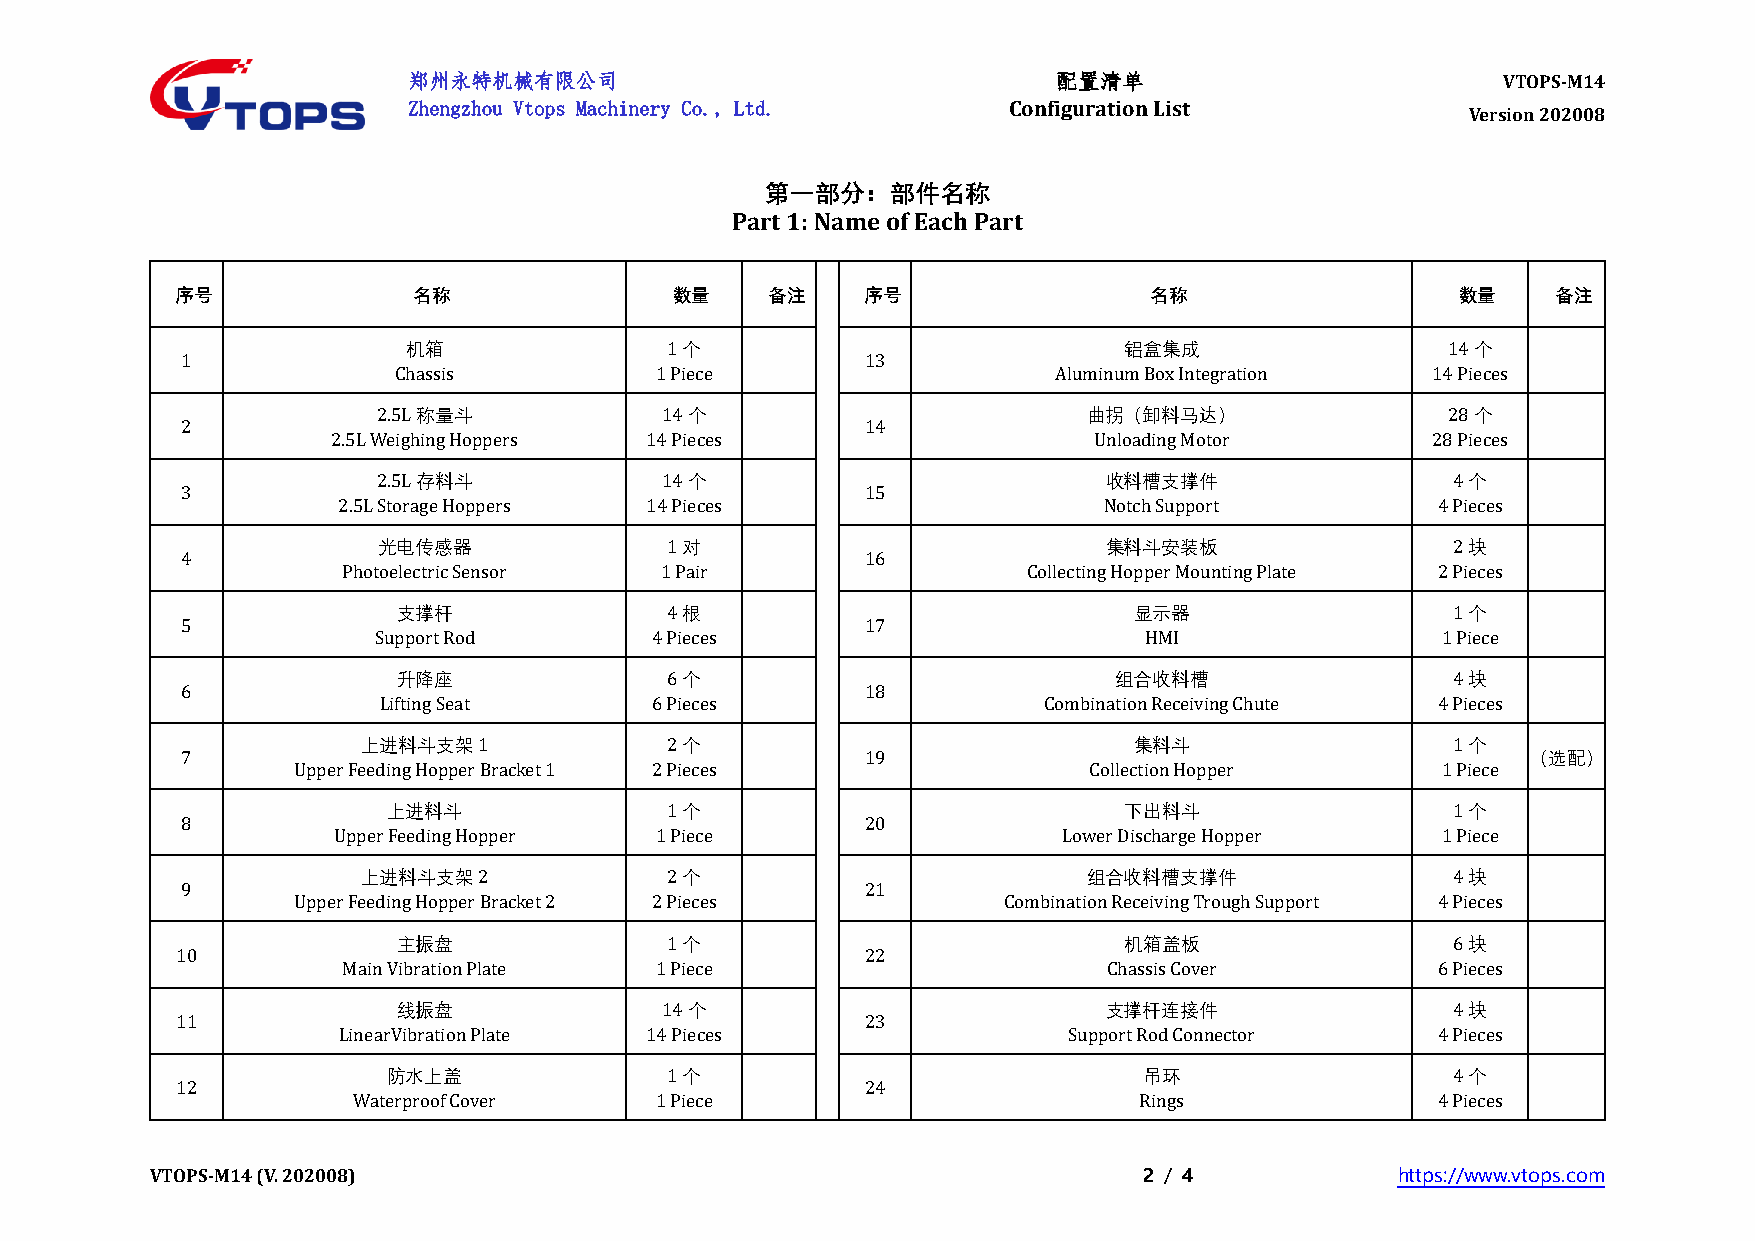
郑州永特机械有限公司                                 配置清单                         VTOPS-M14
 Zhengzhou Vtops Machinery Co., Ltd.     Configuration List
 Version 202008
 第一部分：部件名称
 Part 1: Name of Each Part
 序号             名称                数量    备注    序号                 名称                   数量    备注
 机箱               1个                            铝盒集成                  14个
 1                                            13
 Chassis          1 Piece                    Aluminum Box Integration 14 Pieces
 2.5L称量斗            14个                         曲拐（卸料马达）                28个
 2                                            14
 2.5L Weighing Hoppers 14 Pieces                   Unloading Motor        28 Pieces
 2.5L存料斗            14个                          收料槽支撑件                 4个
 3                                            15
 2.5L Storage Hoppers 14 Pieces                     Notch Support         4 Pieces
 光电传感器              1对                           集料斗安装板                 2块
 4                                            16
 Photoelectric Sensor 1 Pair                  Collecting Hopper Mounting Plate 2 Pieces
 支撑杆               4根                             显示器                  1个
 5                                            17
 Support Rod       4 Pieces                         HMI                1 Piece
 升降座               6个                            组合收料槽                 4块
 6                                            18
 Lifting Seat      6 Pieces                  Combination Receiving Chute 4 Pieces
 上进料斗支架1             2个                             集料斗                  1个
 7                                            19                                          （选配）
 Upper Feeding Hopper Bracket 1 2 Pieces              Collection Hopper      1 Piece
 上进料斗              1个                            下出料斗                  1个
 8                                            20
 Upper Feeding Hopper 1 Piece                    Lower Discharge Hopper   1 Piece
 上进料斗支架2             2个                          组合收料槽支撑件                4块
 9                                            21
 Upper Feeding Hopper Bracket 2 2 Pieces        Combination Receiving Trough Support 4 Pieces
 主振盘               1个                            机箱盖板                  6块
 10                                           22
 Main Vibration Plate 1 Piece                      Chassis Cover         6 Pieces
 线振盘               14个                          支撑杆连接件                 4块
 11                                           23
 LinearVibration Plate 14 Pieces                  Support Rod Connector   4 Pieces
 防水上盖              1个                              吊环                  4个
 12                                           24
 Waterproof Cover    1 Piece                         Rings               4 Pieces
 VTOPS-M14 (V. 202008)                                             2 / 4           https://www.vtops.com